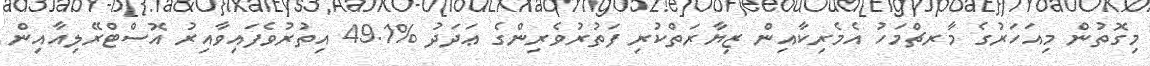
މިގޮތުން މިއަހަރުގެ މާރޗްމަހު އެމެރިކާއިން ޒިޔާރަތްކުރި ފަތުރުވެރިންގެ ޢަދަދު %49.1 އިތުރުވެފައިވާއިރު އޮސްޓްރޭލިއާއިން